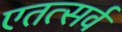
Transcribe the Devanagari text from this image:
एतत्सर्वं